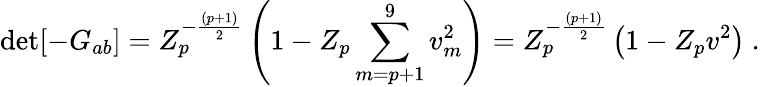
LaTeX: \operatorname*{d\mathrm{e}t}[-G_{ab}]=Z_{p}^{-{\frac{{(p+1)}}{{2}}}}\left(1-Z_{p}\sum_{m=p+1}^{9}v_{m}^{2}\right)=Z_{p}^{-{\frac{{(p+1)}}{{2}}}}\left(1-Z_{p}v^{2}\right)\ .